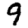
Digit: 9